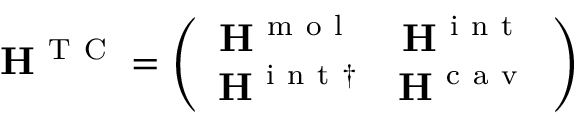
{ \bf { H } } ^ { \mathrm { ~ T ~ C ~ } } = \left( \begin{array} { c c } { { \bf { H } } ^ { \mathrm { ~ m ~ o ~ l ~ } } } & { { \bf { H } } ^ { \mathrm { ~ i ~ n ~ t ~ } } } \\ { { \bf { H } } ^ { \mathrm { ~ i ~ n ~ t ~ } \dagger } } & { { \bf { H } } ^ { \mathrm { ~ c ~ a ~ v ~ } } } \end{array} \right)